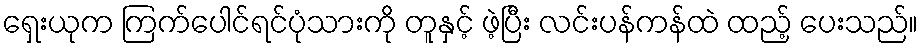
ရှေးယုက ကြက်ပေါင်ရင်ပုံသားကို တူနှင့် ဖဲ့ပြီး လင်းပန်ကန်ထဲ ထည့် ပေးသည်။